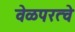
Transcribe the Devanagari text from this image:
वेळपरत्वे